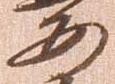
安